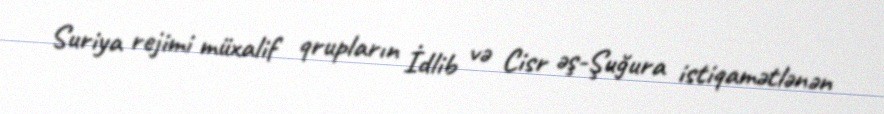
Suriya rejimi müxalif qrupların İdlib və Cisr əş-Şuğura istiqamətlənən